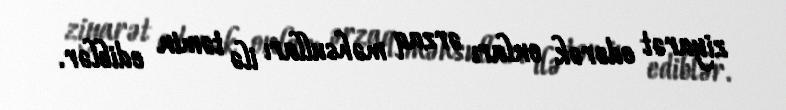
ziyarət edərək onları ərzaq məhsulları ilə təmin ediblər.